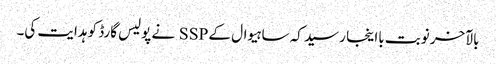
بالآخر نوبت بااینجا رسید کہ ساہیوال کے SSP نے پولیس گارڈ کو ہدایت کی۔